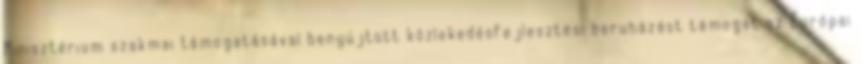
Minisztérium szakmai támogatásával benyújtott közlekedésfejlesztési beruházást támogat az Európai